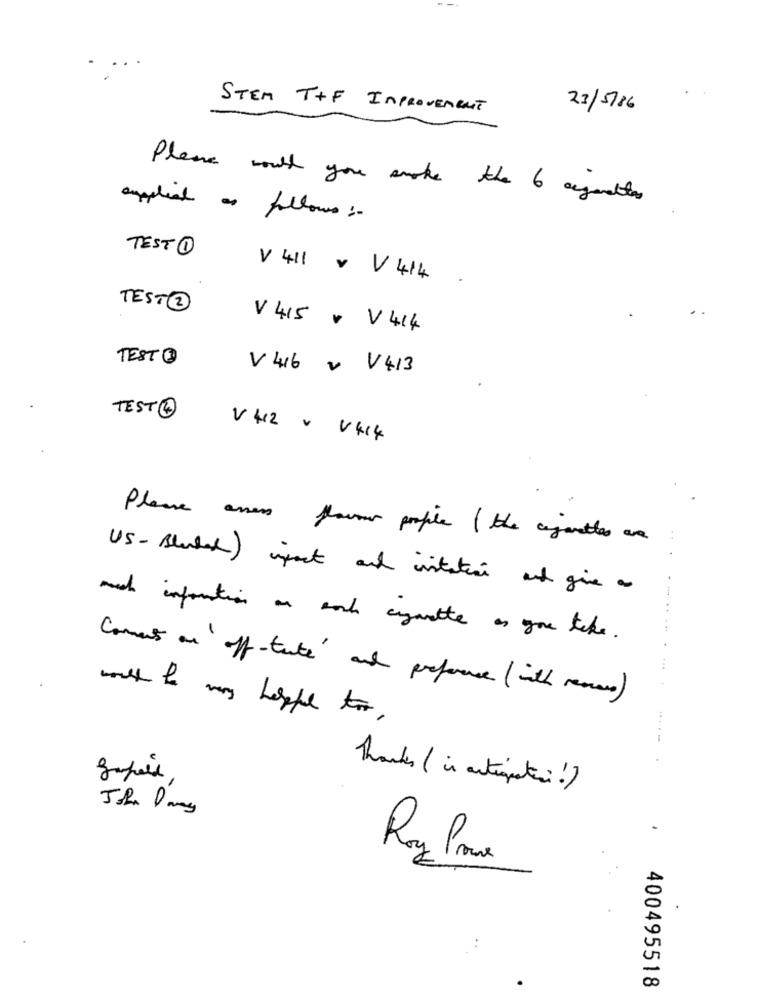
STEM T+F IMPROVEMENT
23/5/86
Please mouth you smoke the 6 agentes
ampliad as follows :-
TEST 1
V 411 v V 414
TEST 2
V 415 + V414
TEST O
V 416 v V413
TEST ®
V 412 V V414
Please anos flavour profile ( the cigarettes an
(US-Stubal) infact and instation at give a
. ..
much information on sort cymette as you like .
Coment on off-tate and preference (with reasone)
Thanks ( in antiguati !)
Roz Prava
400495518